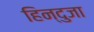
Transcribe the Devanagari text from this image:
हिन्दुजा